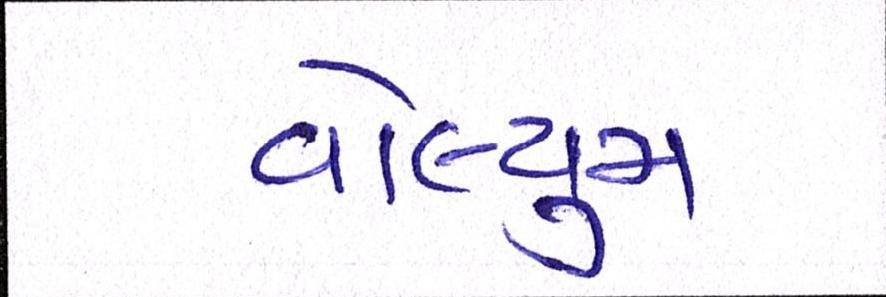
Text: વોલ્યુમ